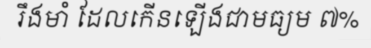
រឹងមាំ ដែលកើនឡើងជាមធ្យម ៧%